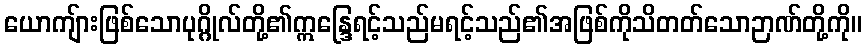
ယောကျ်ားဖြစ်သောပုဂ္ဂိုလ်တို့၏ဣန္ဒြေရင့်သည်မရင့်သည်၏အဖြစ်ကိုသိတတ်သောဉာဏ်တို့ကို။